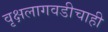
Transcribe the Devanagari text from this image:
वृक्षलागवडीचाही